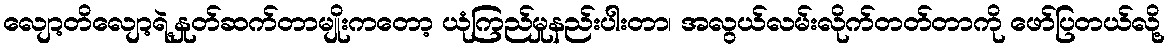
လျော့တိလျော့ရဲ့နှုတ်ဆက်တာမျိုးကတော့ ယုံကြည်မှုနည်းပါးတာ၊ အလွယ်လမ်းလိုက်တတ်တာကို ဖော်ပြတယ်လို့